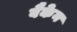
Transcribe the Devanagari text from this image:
वैकेन